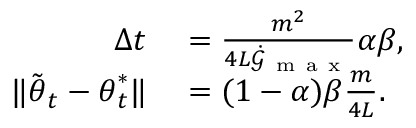
\begin{array} { r l } { \Delta t } & { { } = \frac { m ^ { 2 } } { 4 L \dot { \mathcal { G } } _ { \mathrm { ~ m ~ a ~ x ~ } } } \alpha \beta , } \\ { \lVert \tilde { { \boldsymbol { \theta } } } _ { t } - { \boldsymbol { \theta } } _ { t } ^ { * } \rVert } & { { } = ( 1 - \alpha ) \beta \frac { m } { 4 L } . } \end{array}